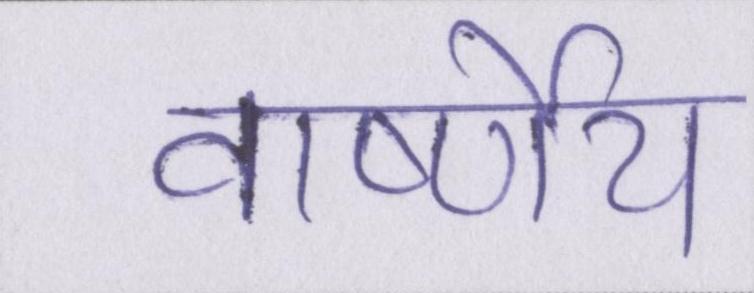
वार्ष्णेय